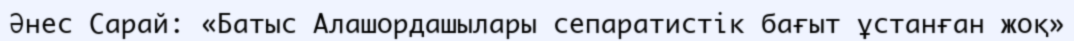
Әнес Сарай: «Батыс Алашордашылары сепаратистік бағыт ұстанған жоқ»